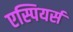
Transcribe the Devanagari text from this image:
एस्पियर्स